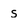
Character: s